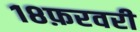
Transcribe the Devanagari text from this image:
१८फ़रवरी